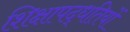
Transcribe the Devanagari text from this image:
शिक्षापद्धतियों